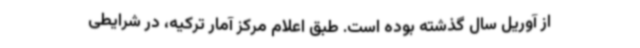
از آوریل سال گذشته بوده است. طبق اعلام مرکز آمار ترکیه، در شرایطی